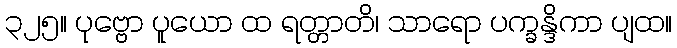
၃၂၅။ ပုဗ္ဗော ပူယော ထ ရတ္တာတိ၊ သာရော ပက္ခန္ဒိကာ ပျထ။